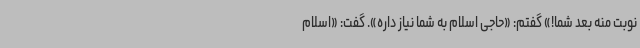
نوبت منه بعد شما!» گفتم: «حاجی اسلام به شما نیاز داره». گفت: «اسلام